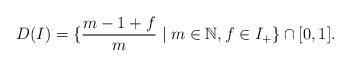
\begin{align*}D(I)=\{ \frac{m-1+f}{m}\mid m\in \mathbb N, f\in I_+\}\cap [0,1].\end{align*}